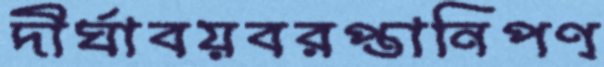
দীর্ঘাবয়বরপ্তানিপণ্